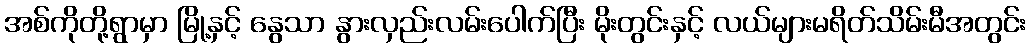
အစ်ကိုတို့ရွာမှာ မြို့နှင့် နွေသာ နွားလှည်းလမ်းပေါက်ပြီး မိုးတွင်းနှင့် လယ်များမရိတ်သိမ်းမီအတွင်း